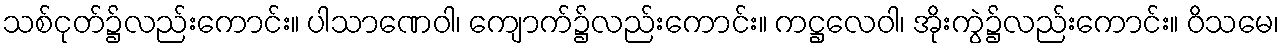
သစ်ငုတ်၌လည်းကောင်း။ ပါသာဏေဝါ၊ ကျောက်၌လည်းကောင်း။ ကဋ္ဌလေဝါ၊ အိုးကွဲ၌လည်းကောင်း။ ဝိသမေ၊